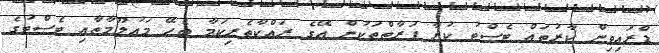
ޑްރައިވިން ކާރުތައް ޓެސްޓު ކުރާ ފަރާތްތަކުން އޭގެ ރައްކާތެރިކަމާ ބެހޭ މައުލޫމާތާއި ޓެސްޓުގެ